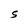
Character: s